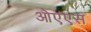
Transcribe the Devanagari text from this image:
ओएएस